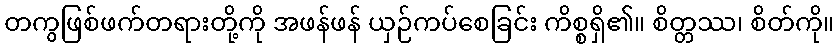
တကွဖြစ်ဖက်တရားတို့ကို အဖန်ဖန် ယှဉ်ကပ်စေခြင်း ကိစ္စရှိ၏။ စိတ္တဿ၊ စိတ်ကို။